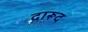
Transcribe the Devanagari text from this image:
दारूद